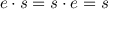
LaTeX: e \cdot s = s \cdot e = s